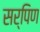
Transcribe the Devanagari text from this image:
सर्पिण